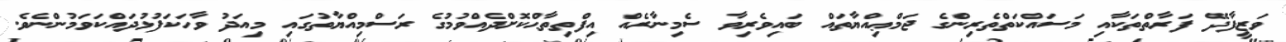
ވަޒީފާދޭ ފަރާތްތަކާއި މަސައްކަތްތެރިންގެ ޖަމްޢިއްޔާތައް ބައިވެރިވާ ސެމިނާރެއް އިފްތިތާޙްކޮށްދެއްވުމުގެ ރަސްމިއްޔާތުގައި މިއަދު ވާހަކަފުޅުދައްކަވަމުންނެވެ.